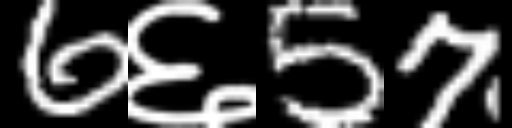
Text: 6६57